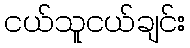
ငယ်သူငယ်ချင်း